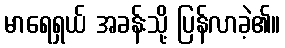
မာရေရှယ် အခန်းသို့ ပြန်လာခဲ့၏။